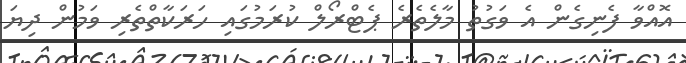
އޮއްވާ ފެނިގެން އެ ވަގުތު މާލެތެރެ ޕެޓްރޯލް ކުރަމުގައި ހަރަކާތްތެރި ވަމުން ދިޔަ